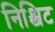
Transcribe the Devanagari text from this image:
निश्चिट